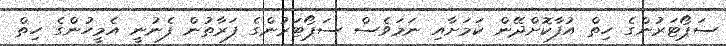
ސަޕޯޓަރުންގެ ހިތް އުފާކޮށްދޭން ކަމަށާއި ނަމަވެސް ސަޕޯޓަރުންގެ ފަރާތުން ފެނުނީ އެމީހުންގެ ހިތް